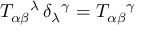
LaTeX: T _ { \alpha \beta } { } ^ { \lambda } \, \delta _ { \lambda } { } ^ { \gamma } = T _ { \alpha \beta } { } ^ { \gamma }